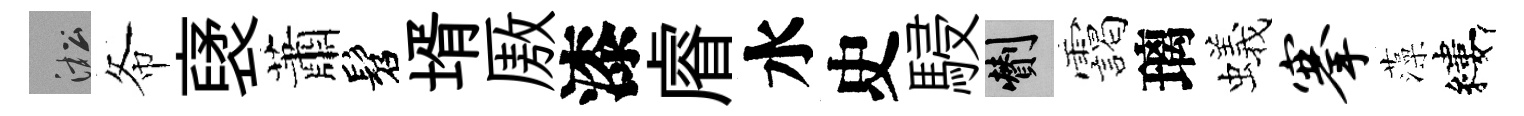
淞𢁙裦蕭髫壻厫漆𥈠水史駸剪靄璃蟻搴藻縷